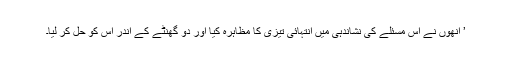
’ انھوں نے اس مسئلے کی نشاندہی میں انتہائی تیزی کا مظاہرہ کیا اور دو گھنٹے کے اندر اس کو حل کر لیا۔